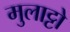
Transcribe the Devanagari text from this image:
मुलाट्टो